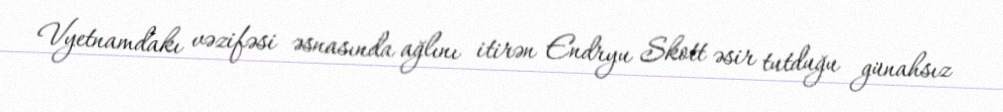
Vyetnamdakı vəzifəsi əsnasında ağlını itirən Endryu Skott əsir tutduğu günahsız